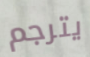
يترجم